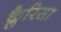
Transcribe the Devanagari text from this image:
क्लैरिसा